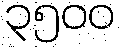
၃၅၀၀